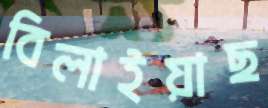
বিলাইয়াছ